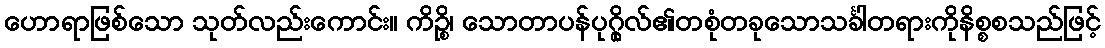
ဟောရာဖြစ်သော သုတ်လည်းကောင်း။ ကိဉ္စိ၊ သောတာပန်ပုဂ္ဂိုလ်၏တစုံတခုသောသင်္ခါတရားကိုနိစ္စစသည်ဖြင့်